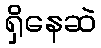
ရှိနေဆဲ